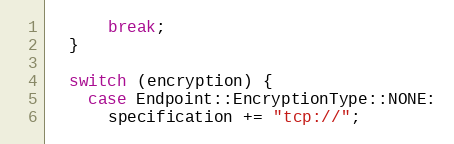
Language: C++
      break;
  }

  switch (encryption) {
    case Endpoint::EncryptionType::NONE:
      specification += "tcp://";